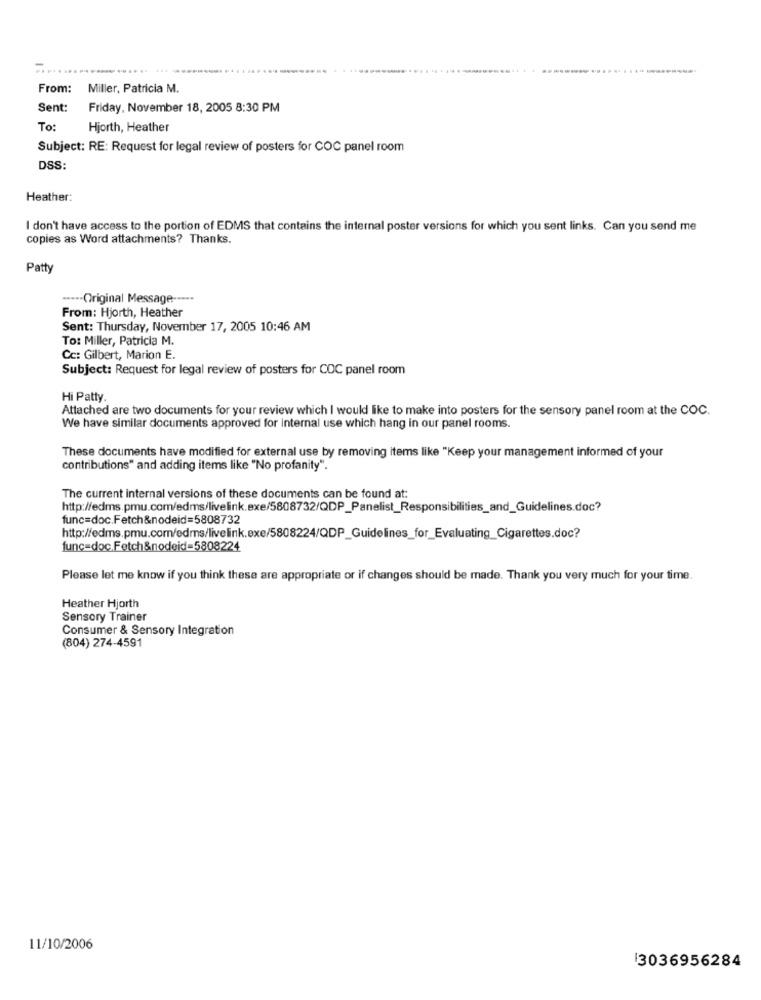
From:
Miller, Patricia M.
Sent:
Friday, November 18, 2005 8:30 PM
To:
Hjorth, Heather
Subject: RE: Request for legal review of posters for COC panel room
DSS:
Heather:
I don't have access to the portion of EDMS that contains the internal poster versions for which you sent links. Can you send me
copies as Word attachments? Thanks.
Patty
----- Original Message -----
From: Hjorth, Heather
Sent: Thursday, November 17, 2005 10:46 AM
To: Miller, Patricia M.
Cc: Gilbert, Marion E.
Subject: Request for legal review of posters for COC panel room
Hi Patty.
Attached are two documents for your review which I would like to make into posters for the sensory panel room at the COC.
We have similar documents approved for internal use which hang in our panel rooms.
These documents have modified for external use by removing items like "Keep your management informed of your
contributions" and adding items like "No profanity".
The current internal versions of these documents can be found at:
http://edms.pmu.com/edms/livelink.exe/5808732/QDP_Panelist_Responsibilities_and_Guidelines.doc?
func=doc.Fetch&nodeid=5808732
http://edms.pmu.com/edms/livelink.exe/5808224/QDP_Guidelines_for_Evaluating_Cigarettes.doc?
func-doc.Fetch&nodeid=5808224
Please let me know if you think these are appropriate or if changes should be made. Thank you very much for your time.
Heather Hjorth
Sensory Trainer
Consumer & Sensory Integration
(804) 274-4591
11/10/2006
3036956284